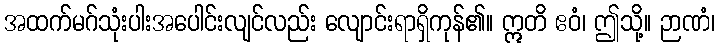
အထက်မဂ်သုံးပါးအပေါင်းလျင်လည်း လျောင်းရာရှိကုန်၏။ ဣတိ ဧဝံ၊ ဤသို့။ ဉာဏံ၊